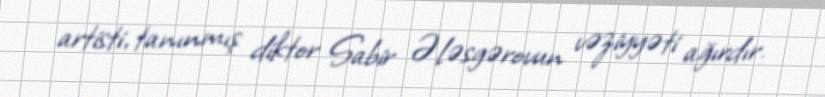
artisti, tanınmış diktor Sabir Ələsgərovun vəziyyəti ağırdır.